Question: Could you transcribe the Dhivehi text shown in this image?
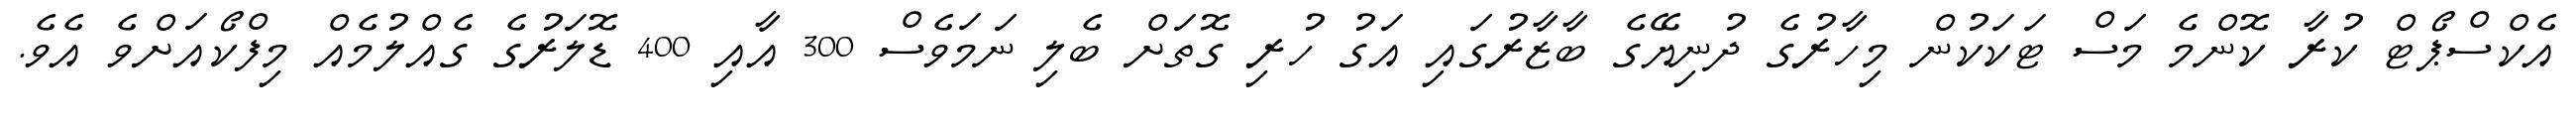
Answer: އެކްސްޕޯޓް ކުރާ ކޮންމެ މަސް ޓަކަކުން މިހާރުގެ ދުނިޔޭގެ ބާޒާރުގައި އަގު ހުރި ގޮތަށް ބެލި ނަމަވެސް 300 އާއި 400 ޑޮލަރުގެ ގެއްލުމެއް މިފްކޯއަށްވެ އެވެ.